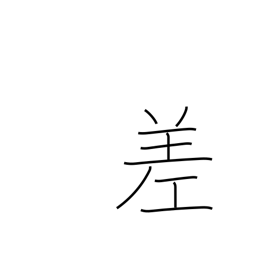
Meaning: variation